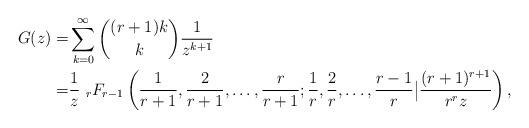
LaTeX: \begin{align*}G(z)=&\sum_{k=0}^\infty \binom{(r+1)k}{k} \frac{1}{z^{k+1}}\\=&\frac{1}{z}\ _r F_{r-1}\left(\frac{1}{r+1}, \frac{2}{r+1}, \ldots, \frac{r}{r+1}; \frac{1}{r}, \frac{2}{r}, \ldots, \frac{r-1}{r} \big\vert \frac{(r+1)^{r+1}}{r^r z}\right),\end{align*}